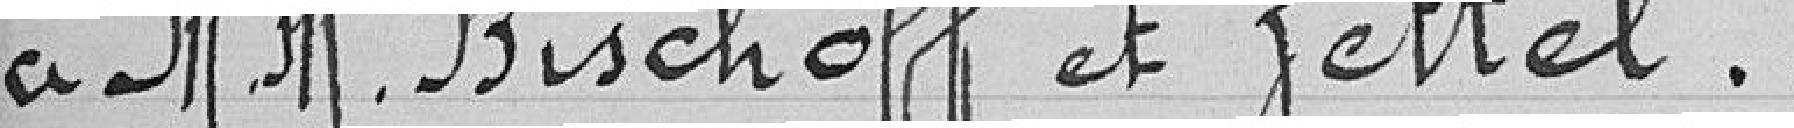
à Monsieur Bischoff et Zettel.